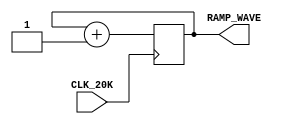
`timescale 1ns / 1ps
//////////////////////////////////////////////////////////////////////////////////
// Company: 
// Engineer: 
// 
// Design Name: 
// Module Name: TestWave_Gen
// Project Name: 
// Target Devices: 
// Tool Versions: 
// Description: 
// 
// Dependencies: 
// 
// Revision:
// Revision 0.01 - File Created
// Additional Comments:
// 
//////////////////////////////////////////////////////////////////////////////////


module TestWave_Gen(
    input CLK_20K,
    output reg [9:0] RAMP_WAVE = 0
    );
    
    always @ (posedge CLK_20K) begin
        RAMP_WAVE <= RAMP_WAVE + 1;
    end
endmodule